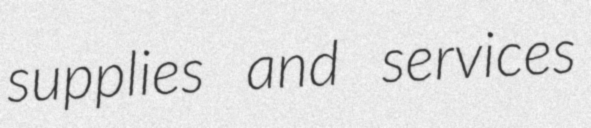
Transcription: supplies and services